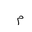
Letter: _mim